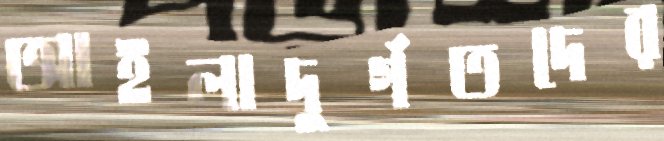
আইলাদুর্গতদের